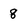
Character: 8